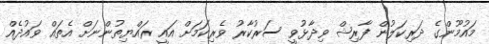
މައުމޫންގެ ދަރިކަލުން ފާރިޝް ވިދާޅުވީ ސަރުކާރު ވެރިކަމަށް އައީ ރައްޔިތުންނަށް އެތައް ވައުދެއް